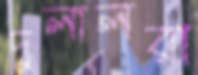
দুলালরা